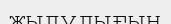
жылулығын